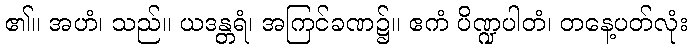
၏။ အဟံ၊ သည်။ ယဒန္တရံ၊ အကြင်ခဏ၌။ ဧကံ ပိဏ္ဍပါတံ၊ တနေ့ပတ်လုံး